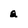
Character: a